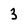
Character: 3